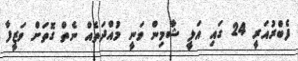
ފެބްރުއަރީ 24 ގައި އަލީ ޝާމިން ވަނީ މުއްދަތެއް ނެތް ގޮތަށް ވަޒީފާ